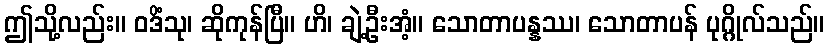
ဤသို့လည်း။ ဝဒိံသု၊ ဆိုကုန်ပြီ။ ဟိ၊ ချဲ့ဦးအံ့။ သောတာပန္နဿ၊ သောတာပန် ပုဂ္ဂိုလ်သည်။